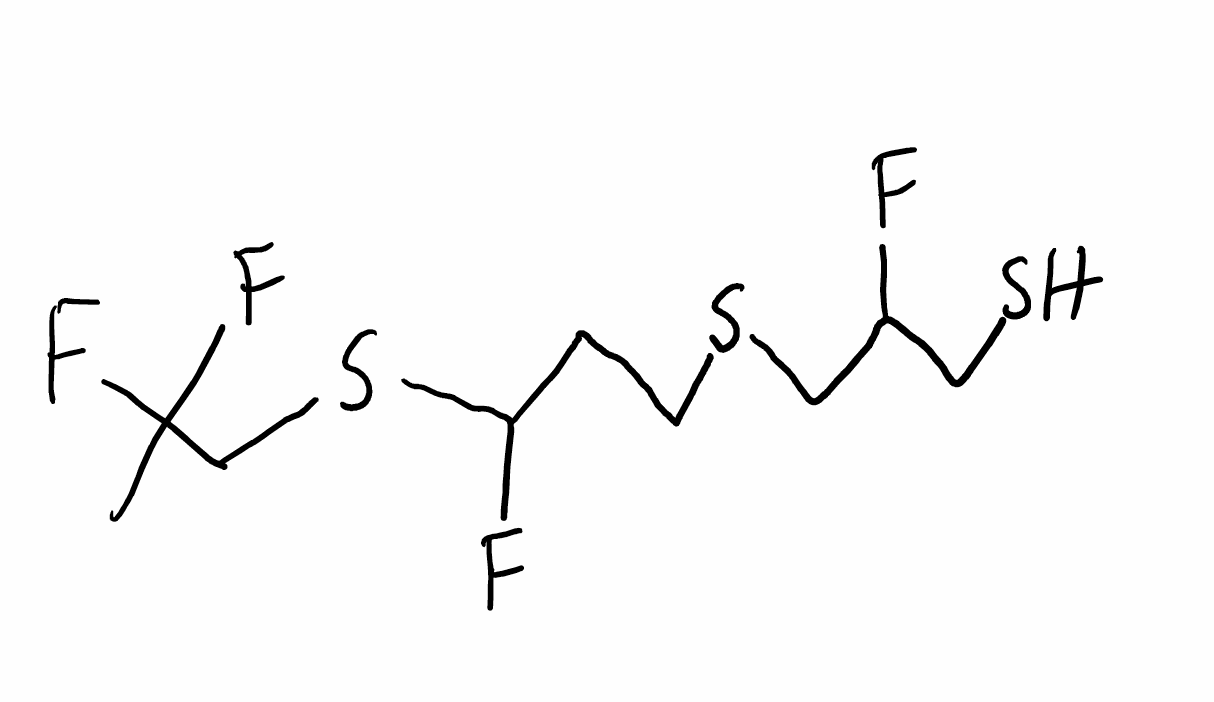
Simplified molecular-input line-entry system (SMILES) notation of the given molecule:
CC(CSC(CCSCC(CS)F)F)(F)F